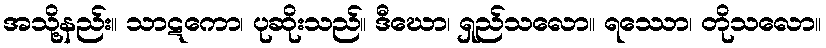
အသို့နည်း။ သာဋကော၊ ပုဆိုးသည်။ ဒီဃော၊ ရှည်သလော။ ရဿော၊ တိုသလော။